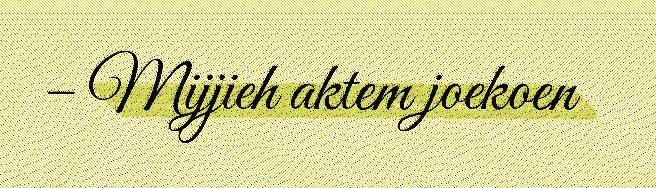
– Mijjieh aktem joekoen